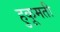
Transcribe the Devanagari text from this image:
हुकूमती